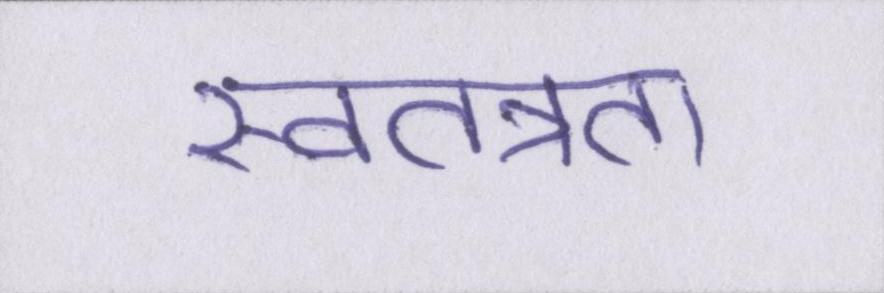
स्वतत्रता